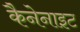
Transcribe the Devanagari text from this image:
कैनेनाइट